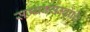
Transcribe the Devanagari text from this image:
सम्यक्सम्बोधि